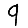
Digit: 9